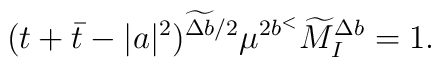
(t+\bar{t}-|a|^2)^{\widetilde{\Delta b}/2}\mu^{2b^<}\widetilde{M}_I^{\Delta b}=1.